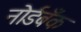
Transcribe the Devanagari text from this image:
नोर्डबँक